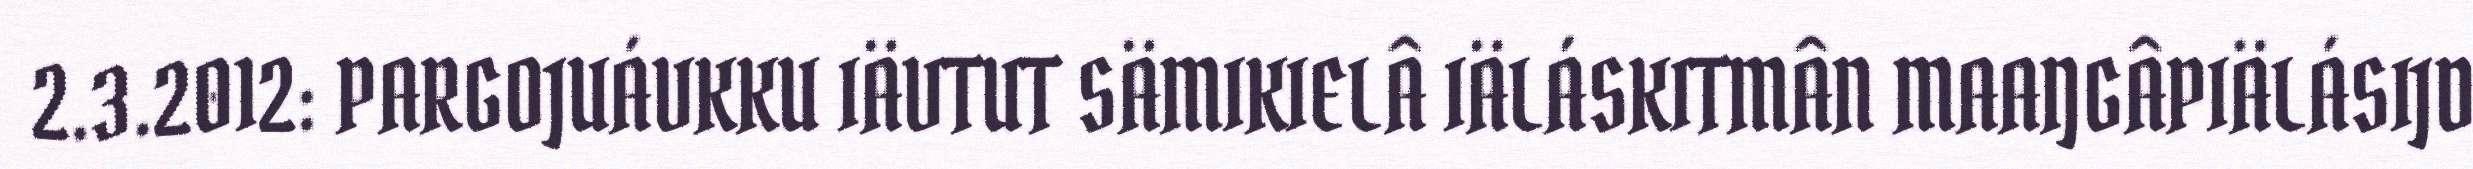
2.3.2012: PARGOJUÁVKKU IÄVTUT SÄMIKIELÂ IÄLÁSKITMÂN MAAŊGÂPIÄLÁSIJD